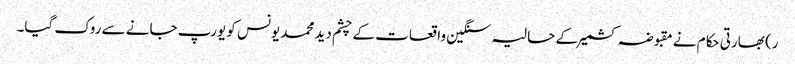
ر) بھارتی حکام نے مقبوضہ کشمیرکے حالیہ سنگین واقعات کے چشم دید محمد یونس کو یورپ جانے سے روک گیا۔